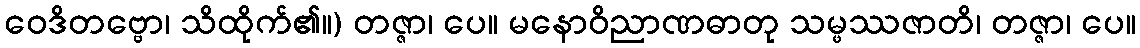
ဝေဒိတဗ္ဗော၊ သိထိုက်၏။) တဇ္ဇာ၊ ပေ။ မနောဝိညာဏဓာတု သမ္ဖဿဇာတိ၊ တဇ္ဇာ၊ ပေ။